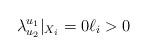
LaTeX: \begin{align*}\lambda^{u_1}_{u_2}|_{X_i}=0\ell_i>0\end{align*}